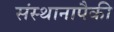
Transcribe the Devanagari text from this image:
संस्थानापैकी